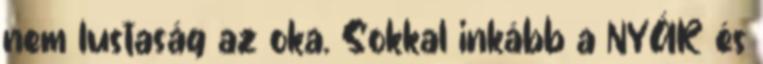
nem lustaság az oka. Sokkal inkább a NYÁR és